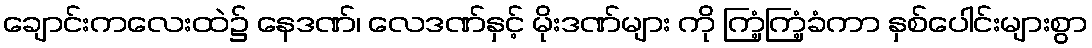
ချောင်းကလေးထဲ၌ နေဒဏ်၊ လေဒဏ်နှင့် မိုးဒဏ်များ ကို ကြံ့ကြံ့ခံကာ နှစ်ပေါင်းများစွာ